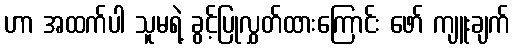
ဟာ အထက်ပါ သူမရဲ့ ခွင့်ပြုလွှတ်ထားကြောင်း ဖော် ကျူးချက်